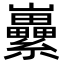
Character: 𡿜